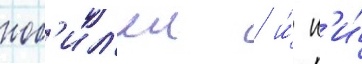
ноб'ил'еи / и́ н'и́